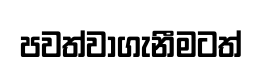
පවත්වාගැනීමටත්